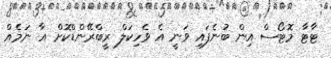
ޓާޓާ މޮޓޯސް އިން ބުނެފައި ވަނީ އެ ވެހިކަލް ރީބްރޭންޑްކޮށް އާ ނަމެއް